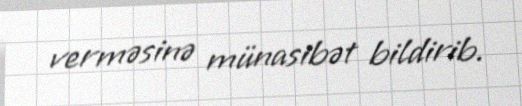
verməsinə münasibət bildirib.